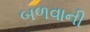
બળવાની